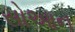
સોઆન